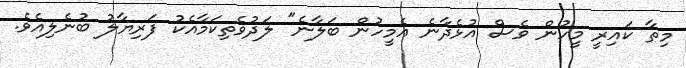
މިތާ ކައިރީ މީހުން ވެސް އުޅެދާނެ އެމީހުން ބަލާނެ" ލަދުވެތިކަމާއެކު ފަރިޔާލު ބުނެލިއެވެ.